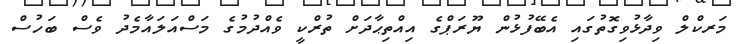
މަރކްލް ވިދާޅުވިގޮތުގައި އެބޭފުޅުން ޔޫރަޕްގެ އިއްތިޙާދަށް ތުރްކީ ވެއްދުމުގެ މަސްއަލައާމެދު ވެސް ބަހުސް